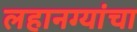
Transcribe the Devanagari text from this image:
लहानग्यांचा